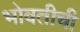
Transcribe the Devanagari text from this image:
भोवतीची